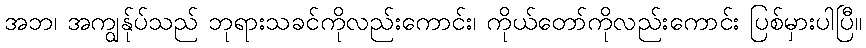
အဘ၊ အကျွန်ုပ်သည် ဘုရားသခင်ကိုလည်းကောင်း၊ ကိုယ်တော်ကိုလည်းကောင်း ပြစ်မှားပါပြီ။